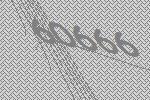
60666